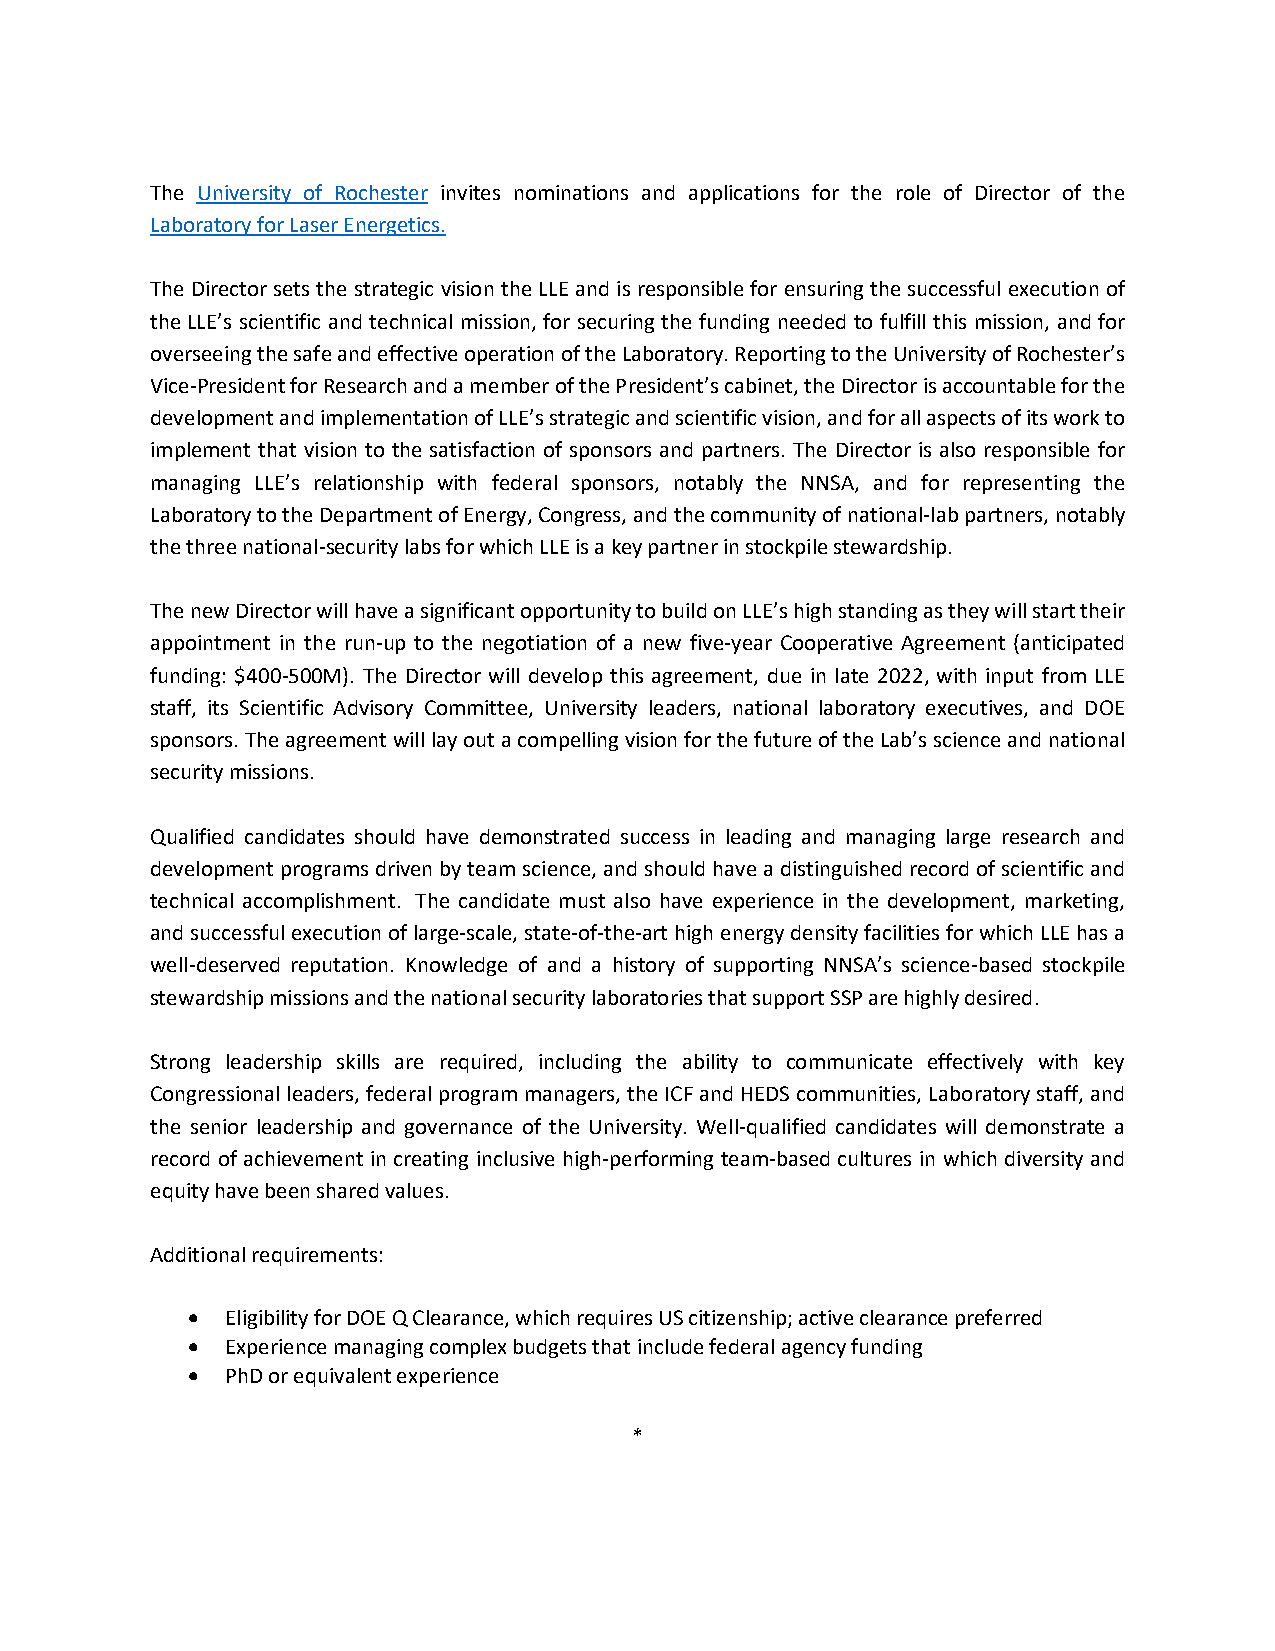
The University of Rochester invites nominations and applications for the role of Director of the
 Laboratory for Laser Energetics.
 The Director sets the strategic vision the LLE and is responsible for ensuring the successful execution of
 the LLE’s scientific and technical mission, for securing the funding needed to fulfill this mission, and for
 overseeing the safe and effective operation of the Laboratory. Reporting to the University of Rochester’s
 Vice-President for Research and a member of the President’s cabinet, the Director is accountable for the
 development and implementation of LLE’s strategic and scientific vision, and for all aspects of its work to
 implement that vision to the satisfaction of sponsors and partners. The Director is also responsible for
 managing LLE’s relationship with federal sponsors, notably the NNSA, and for representing the
 Laboratory to the Department of Energy, Congress, and the community of national-lab partners, notably
 the three national-security labs for which LLE is a key partner in stockpile stewardship.
 The new Director will have a significant opportunity to build on LLE’s high standing as they will start their
 appointment in the run-up to the negotiation of a new five-year Cooperative Agreement (anticipated
 funding: $400-500M). The Director will develop this agreement, due in late 2022, with input from LLE
 staff, its Scientific Advisory Committee, University leaders, national laboratory executives, and DOE
 sponsors. The agreement will lay out a compelling vision for the future of the Lab’s science and national
 security missions.
 Qualified candidates should have demonstrated success in leading and managing large research and
 development programs driven by team science, and should have a distinguished record of scientific and
 technical accomplishment. The candidate must also have experience in the development, marketing,
 and successful execution of large-scale, state-of-the-art high energy density facilities for which LLE has a
 well-deserved reputation. Knowledge of and a history of supporting NNSA’s science-based stockpile
 stewardship missions and the national security laboratories that support SSP are highly desired.
 Strong leadership skills are required, including the ability to communicate effectively with key
 Congressional leaders, federal program managers, the ICF and HEDS communities, Laboratory staff, and
 the senior leadership and governance of the University. Well-qualified candidates will demonstrate a
 record of achievement in creating inclusive high-performing team-based cultures in which diversity and
 equity have been shared values.
 Additional requirements:
 •  Eligibility for DOE Q Clearance, which requires US citizenship; active clearance preferred
 •  Experience managing complex budgets that include federal agency funding
 •  PhD or equivalent experience
 *